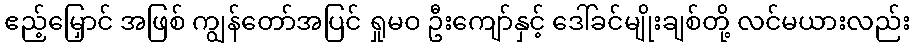
ဧည့်မြှောင် အဖြစ် ကျွန်တော်အပြင် ရှုမဝ ဦးကျော်နှင့် ဒေါ်ခင်မျိုးချစ်တို့ လင်မယားလည်း